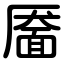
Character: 靥